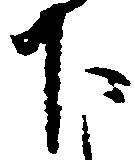
下